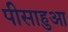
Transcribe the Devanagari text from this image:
पीसाहुआ